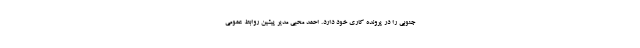
جنوبی را در پرونده کاری خود دارد. احمد محبی مدیر پیشین روابط عمومی